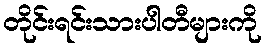
တိုင်းရင်းသားပါတီများကို